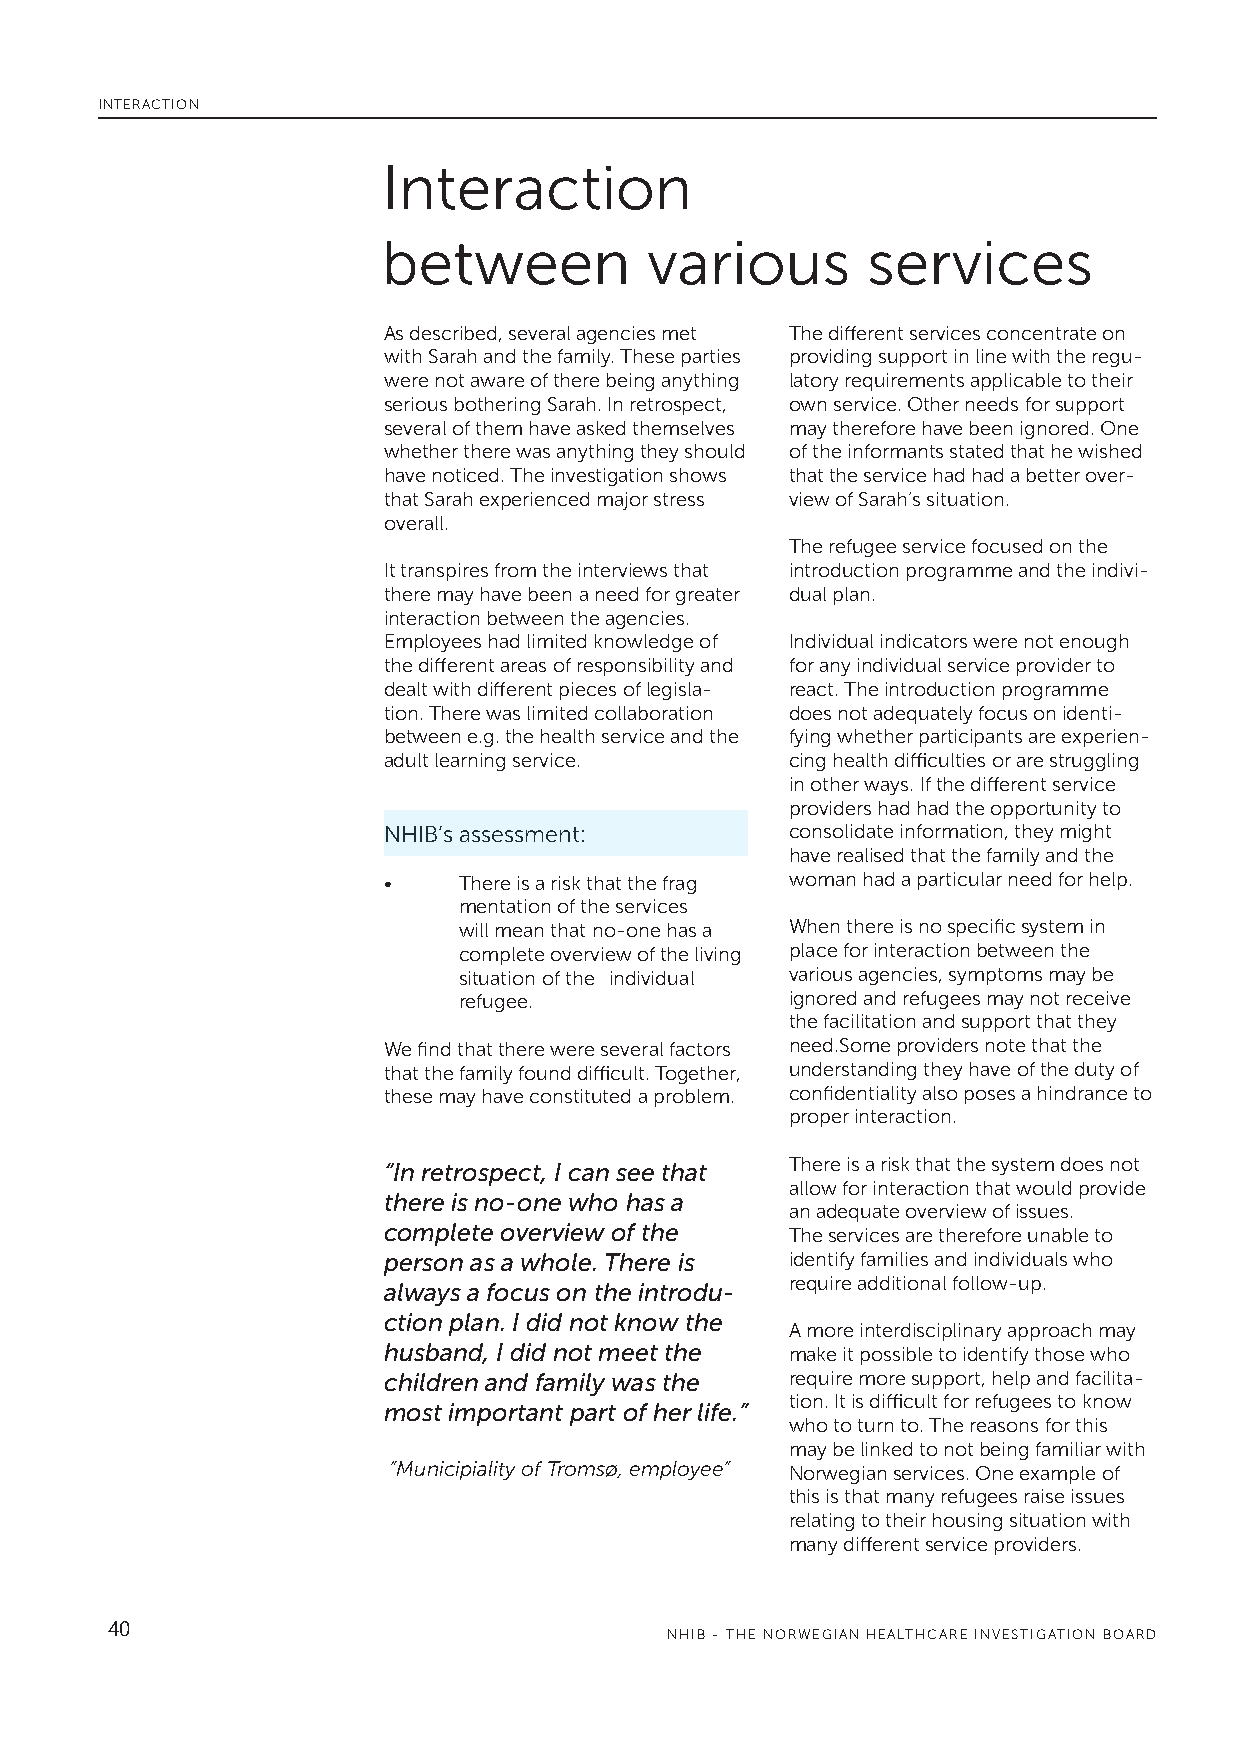
INTERACTION
 Interaction
 between           various       services
 As described, several agencies met The different services concentrate on
 with Sarah and the family. These parties providing support in line with the regu-
 were not aware of there being anything latory requirements applicable to their
 serious bothering Sarah. In retrospect, own service. Other needs for support
 several of them have asked themselves may therefore have been ignored. One
 whether there was anything they should of the informants stated that he wished
 have noticed. The investigation shows that the service had had a better over-
 that Sarah experienced major stress view of Sarah’s situation.
 overall.
 The refugee service focused on the
 It transpires from the interviews that introduction programme and the indivi-
 there may have been a need for greater dual plan.
 interaction between the agencies.
 Employees had limited knowledge of Individual indicators were not enough
 the different areas of responsibility and for any individual service provider to
 dealt with different pieces of legisla- react. The introduction programme
 tion. There was limited collaboration does not adequately focus on identi-
 between e.g. the health service and the fying whether participants are experien-
 adult learning service.    cing health difficulties or are struggling
 in other ways. If the different service
 providers had had the opportunity to
 NHIB’s assessment:         consolidate information, they might
 have realised that the family and the
 •    There is a risk that the frag woman had a particular need for help.
 mentation of the services
 will mean that no-one has a When there is no specific system in
 complete overview of the living place for interaction between the
 situation of the individual various agencies, symptoms may be
 refugee.              ignored and refugees may not receive
 the facilitation and support that they
 We find that there were several factors need.Some providers note that the
 that the family found difficult. Together, understanding they have of the duty of
 these may have constituted a problem. confidentiality also poses a hindrance to
 proper interaction.
 “In retrospect, I can see that There is a risk that the system does not
 allow for interaction that would provide
 there is no-one who has a
 an adequate overview of issues.
 complete overview of the   The services are therefore unable to
 person as a whole. There is identify families and individuals who
 require additional follow-up.
 always a focus on the introdu-
 ction plan. I did not know the
 A more interdisciplinary approach may
 husband, I did not meet the make it possible to identify those who
 children and family was the require more support, help and facilita-
 tion. It is difficult for refugees to know
 most important part of her life.”
 who to turn to. The reasons for this
 may be linked to not being familiar with
 ”Municipiality of Tromsø, employee” Norwegian services. One example of
 this is that many refugees raise issues
 relating to their housing situation with
 many different service providers.
 40
 NHIB - THE NORWEGIAN HEALTHCARE INVESTIGATION BOARD